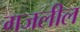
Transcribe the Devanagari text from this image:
गजलील